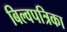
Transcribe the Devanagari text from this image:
बिल्वपत्रिका